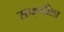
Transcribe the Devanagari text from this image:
साङ्गीला